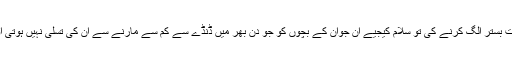
یعنی کہ دیکھیے کہ نصیحت تو سرے سے اس طبقے میں پائی ہی نہیں جاتی اور رہی بات بستر الگ کرنے کی تو سلام کیجیے ان جوان کے بچوں کو جو دن بھر میں ڈنڈے سے کم سے مارنے سے ان کی تسلی نہیں ہوتی اور رات اسی عورت کے ساتھ سو کر دکھانا بھی ان کی مردانگی کی کیا خوب گواہی دیتا۔